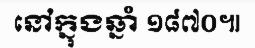
នៅក្នុងឆ្នាំ ១៨៧០៕